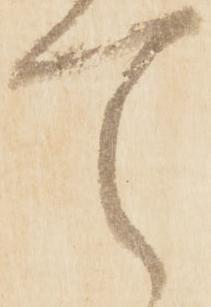
て